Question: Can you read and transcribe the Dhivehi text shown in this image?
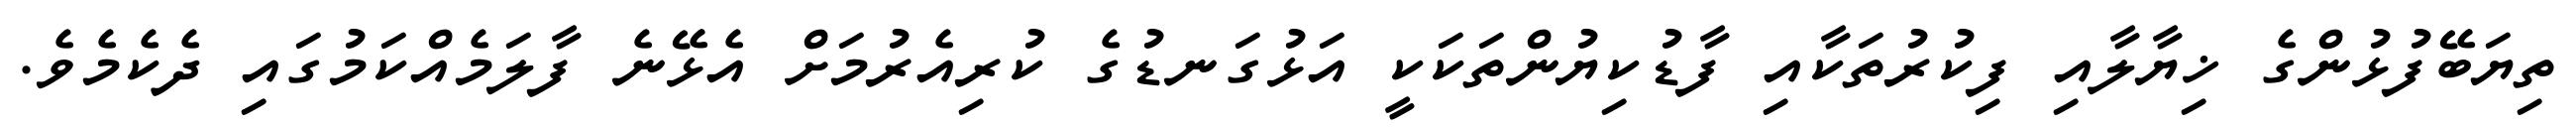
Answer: ތިޔަބޭފުޅުންގެ ޚިޔާލާއި ފިކުރުތަކާއި ފާޑުކިޔުންތަކަކީ އަޅުގަނޑުގެ ކުރިއެރުމަށް އެޅޭނެ ފާލަމެއްކަމުގައި ދެކެމެވެ.